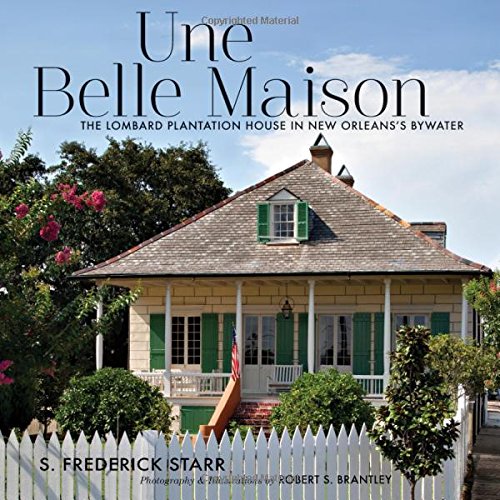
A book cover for Une Belle Maison: The Lombard Plantation House in New Orleans's Bywater; S. Frederick Starr; Arts & Photography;